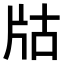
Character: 𤖲